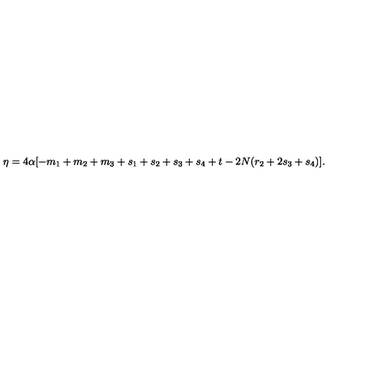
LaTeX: \eta = 4 \alpha [ - m _ { 1 } + m _ { 2 } + m _ { 3 } + s _ { 1 } + s _ { 2 } + s _ { 3 } + s _ { 4 } + t - 2 N ( r _ { 2 } + 2 s _ { 3 } + s _ { 4 } ) ] .